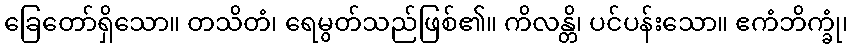
ခြေတော်ရှိသော။ တသိတံ၊ ရေမွတ်သည်ဖြစ်၏။ ကိလန္တိ၊ ပင်ပန်းသော။ ဧကံဘိက္ခုံ၊